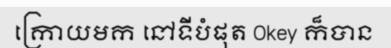
ក្រោយមក នៅទីបំផុត Okey ក៏បាន